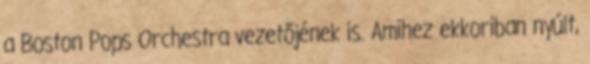
a Boston Pops Orchestra vezetőjének is. Amihez ekkoriban nyúlt,